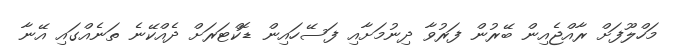
މަހްލޫފަށް ރާއްޖެއިން ބޭރުން ފަރުވާ ދިނުމަށާއި ފަސޭހައިން ޑޮކްޓަރަށް ދެއްކޭނެ ތަނެއްގައި އޭނާ